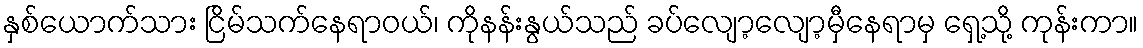
နှစ်ယောက်သား ငြိမ်သက်နေရာဝယ်၊ ကိုနန်းနွယ်သည် ခပ်လျော့လျော့မှီနေရာမှ ရှေ့သို့ ကုန်းကာ။